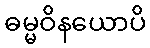
ဓမ္မဝိနယောပိ